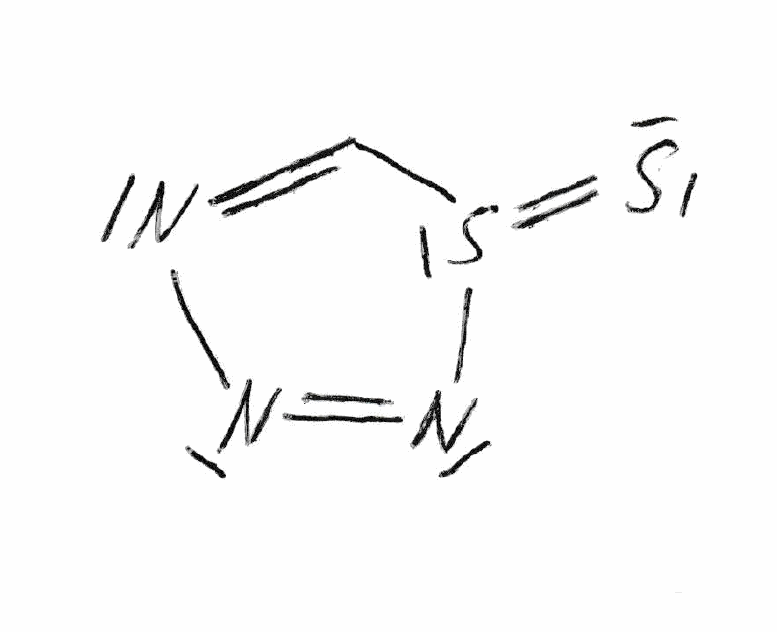
Simplified molecular-input line-entry system (SMILES) notation of the given molecule:
C1=NN=NS1=S